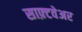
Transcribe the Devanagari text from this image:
साफ़्टवेअर